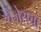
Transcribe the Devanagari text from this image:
चेंजेसचा